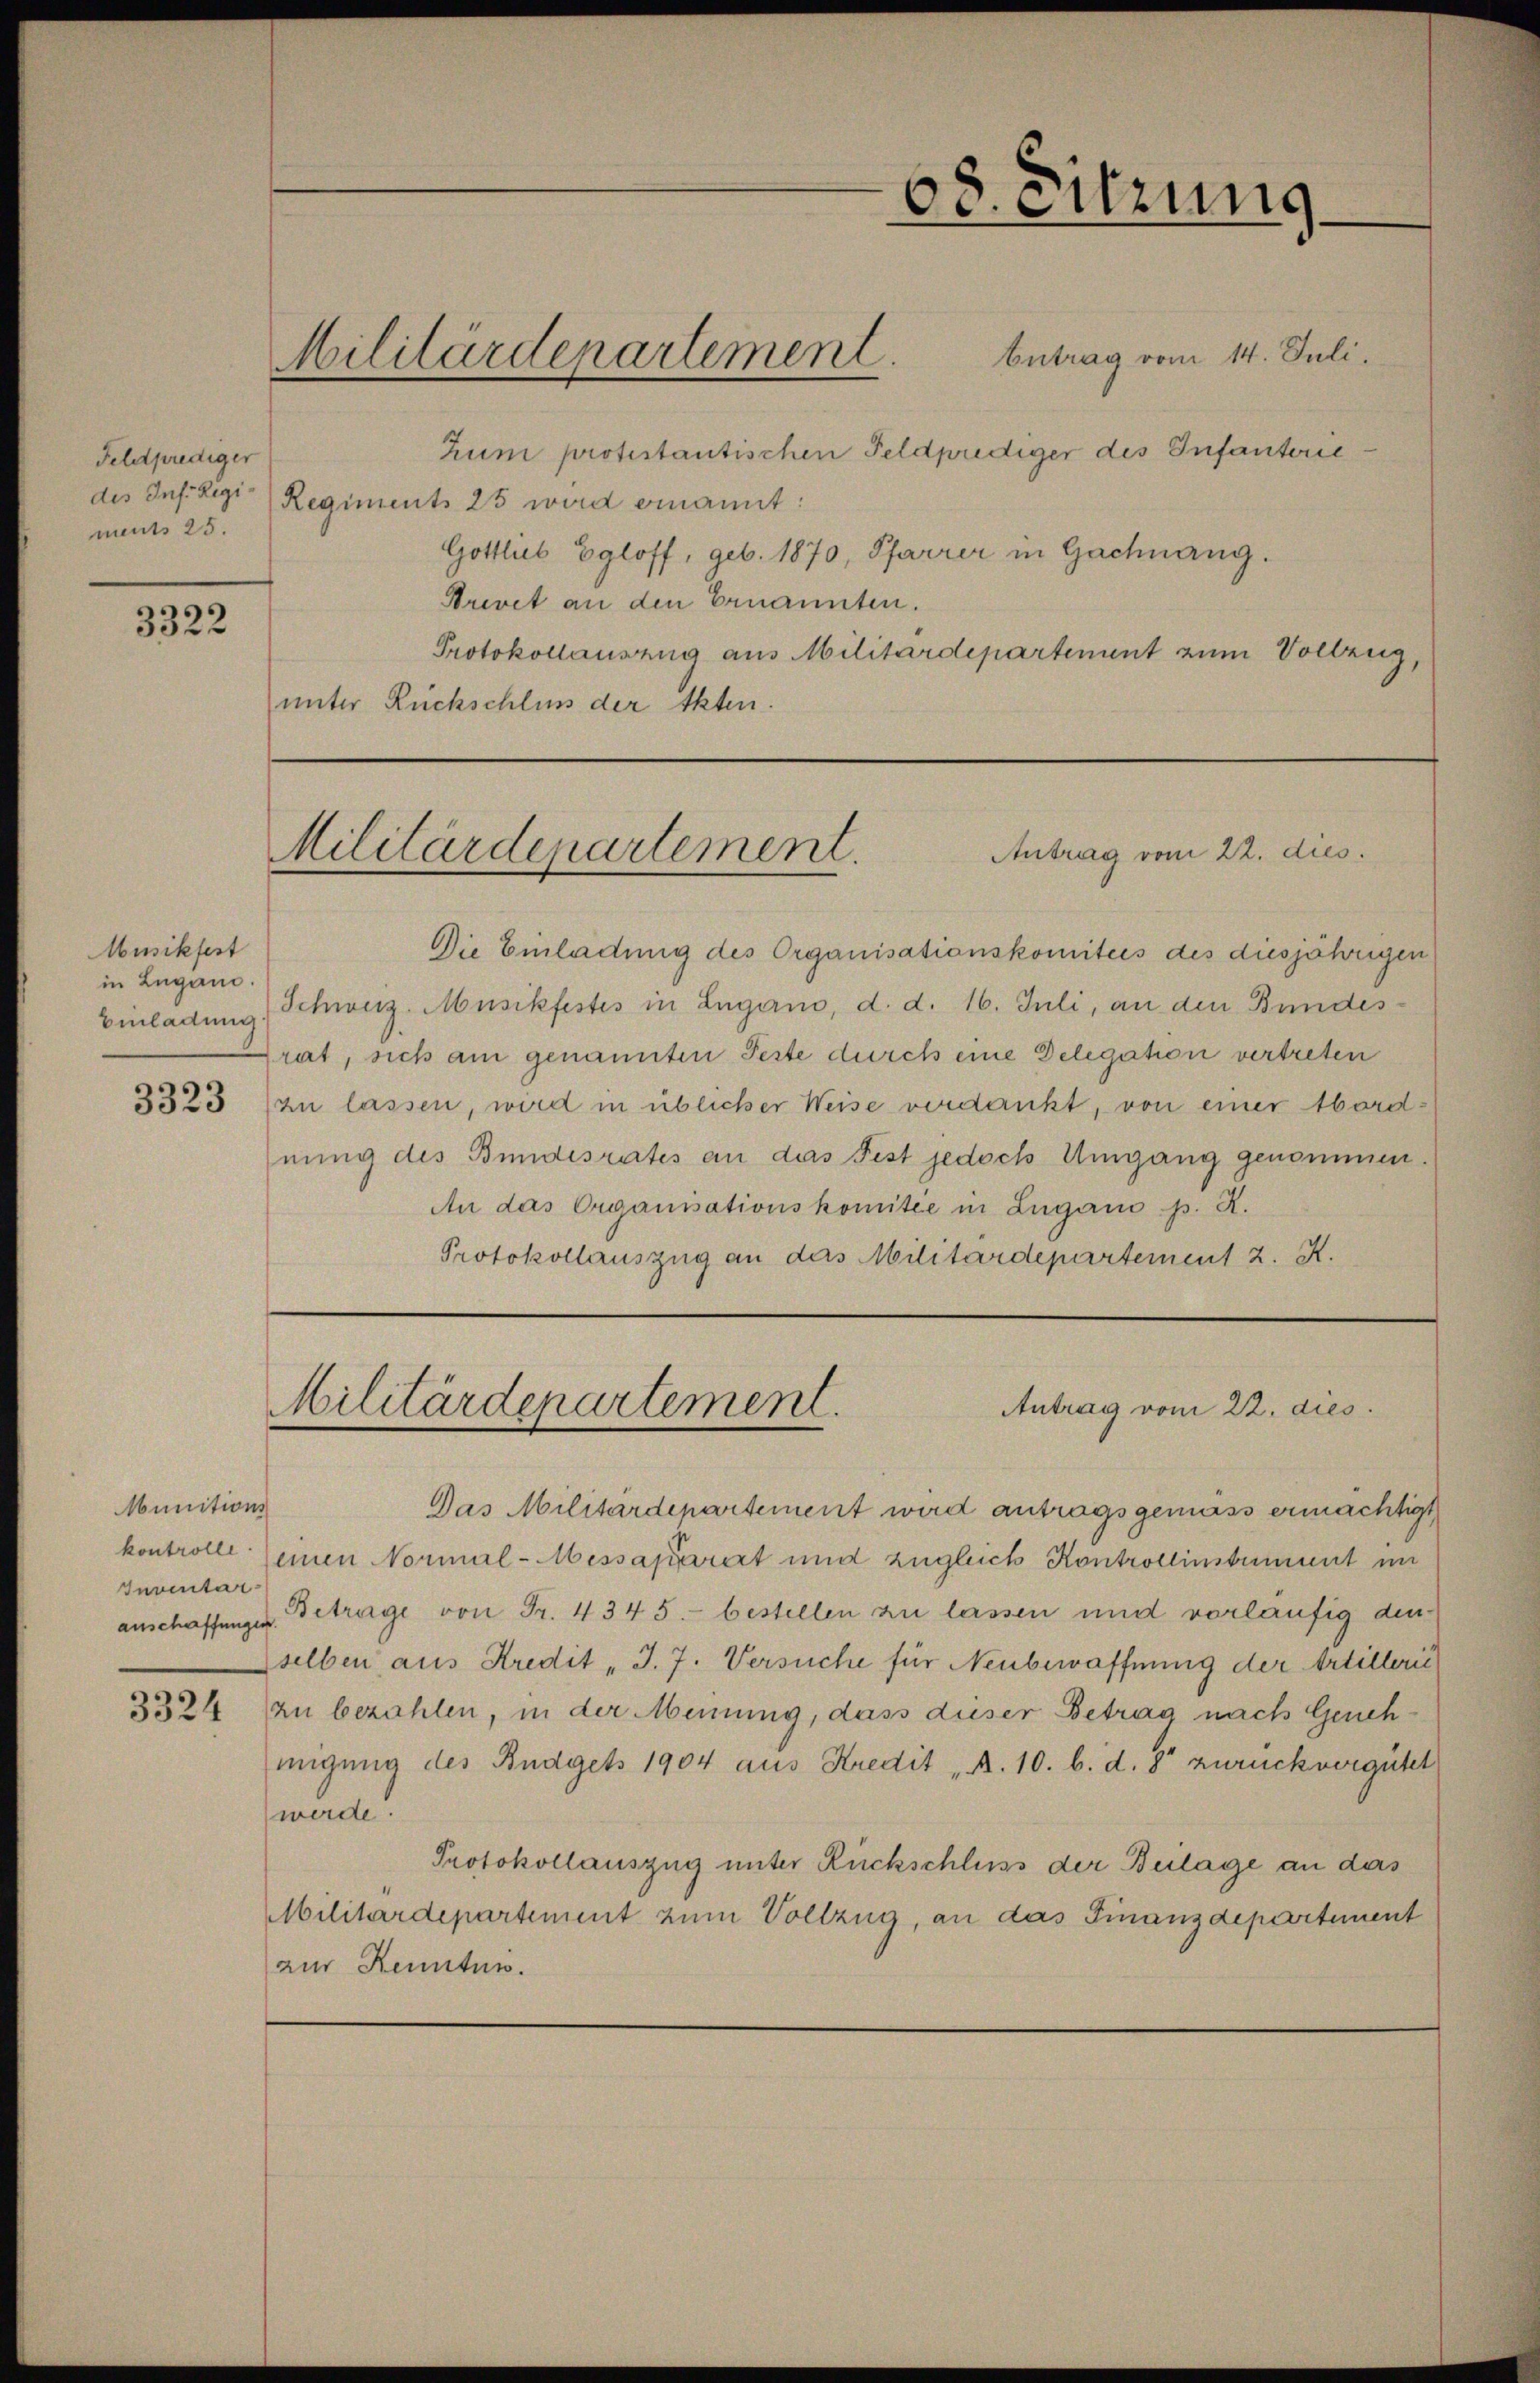
Feldprediger
des Inf. Rigi- Res
ment 25.

3322

Musikfest
in Lugano.

Munitions
Inventar-

3324

Militärdepartement.

betrag vom 14. Juli.
Zun protestantischen Feldprediger des Infanterie
giment 25 wird einannt:
Gottlieb Egloff, geb. 1870, Pfarrer in Gachnang.
Arevet an den Ernannten.
Protokollausung aus Militärdepartement zum Vollzug,
unter Rückschluss der Akten.

68. Sitzung

Die Einladung des Organisationskomitees des diesjährigen
Einladung Schweiz. Musikfestes in Lugano, d. d. 16. Juli, an den Bundesrat, sich am genannten Feste durch eine Delegation vertreten
8323 (zu lassen, wird in üblicher Weise verdankt, von einer Abordnung des Bundesrates an das Fest jedoch Umgang genommen.
An das Organisationskomitee in Lugano p. R.
Protokollauszug an das Militärdepartement 2. K.

Militärdepartement.
Antrag vom 22. dies

Militärdepartement.
Antrag vom 22. dies

Das Militärdepartement wird antragsgemäss ermächtigt
kontrolle einen Normal-Messaparirt und zugleich Kontrollinstrument im
anschaffunges Betrage von Fr. 4345.- bestellen zu lassen und vorläufig denselben aus Kredit „J. J. Versuche für Neubewaffnung der Artillerić
zu bezahlen, in der Meinung, dass dieser Betrag nach Genehmigung des Budgets 1904 aus Kredit „A. 10. b. d. 8 zurückvergütet
werde.
Protokollauszug unter Rückschluss der Beilage an das
Militärdepartement zum Vollzug, an das Finanzdepartement
zur Kenntni